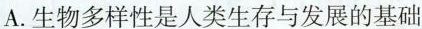
A.生物多样性是人类生存与发展的基础